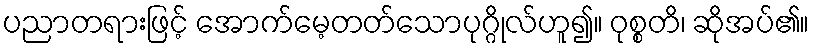
ပညာတရားဖြင့် အောက်မေ့တတ်သောပုဂ္ဂိုလ်ဟူ၍။ ဝုစ္စတိ၊ ဆိုအပ်၏။